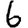
Digit: 6